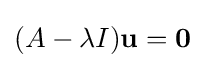
(A-\lambda I)\mathbf {u} =\mathbf {0}